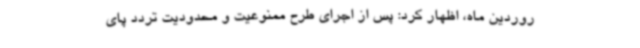
روردین ماه، اظهار کرد: پس از اجرای طرح ممنوعیت و محدودیت تردد پای